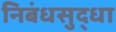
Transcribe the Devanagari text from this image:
निबंधसुद्धा